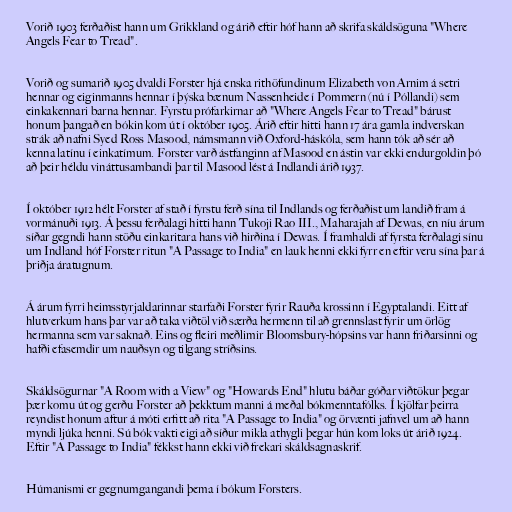
Vorið 1903 ferðaðist hann um Grikkland og árið eftir hóf hann að skrifa skáldsöguna "Where
Angels Fear to Tread".

Vorið og sumarið 1905 dvaldi Forster hjá enska rithöfundinum Elizabeth von Arnim á setri
hennar og eiginmanns hennar í þýska bænum Nassenheide í Pommern (nú í Póllandi) sem
einkakennari barna hennar. Fyrstu prófarkirnar að "Where Angels Fear to Tread" bárust
honum þangað en bókin kom út í október 1905. Árið eftir hitti hann 17 ára gamla indverskan
strák að nafni Syed Ross Masood, námsmann við Oxford-háskóla, sem hann tók að sér að
kenna latínu í einkatímum. Forster varð ástfanginn af Masood en ástin var ekki endurgoldin þó
að þeir héldu vináttusambandi þar til Masood lést á Indlandi árið 1937.

Í október 1912 hélt Forster af stað í fyrstu ferð sína til Indlands og ferðaðist um landið fram á
vormánuði 1913. Á þessu ferðalagi hitti hann Tukoji Rao III., Maharajah af Dewas, en níu árum
síðar gegndi hann stöðu einkaritara hans við hirðina í Dewas. Í framhaldi af fyrsta ferðalagi sínu
um Indland hóf Forster ritun "A Passage to India" en lauk henni ekki fyrr en eftir veru sína þar á
þriðja áratugnum.

Á árum fyrri heimsstyrjaldarinnar starfaði Forster fyrir Rauða krossinn í Egyptalandi. Eitt af
hlutverkum hans þar var að taka viðtöl við særða hermenn til að grennslast fyrir um örlög
hermanna sem var saknað. Eins og fleiri meðlimir Bloomsbury-hópsins var hann friðarsinni og
hafði efasemdir um nauðsyn og tilgang stríðsins.

Skáldsögurnar "A Room with a View" og "Howards End" hlutu báðar góðar viðtökur þegar
þær komu út og gerðu Forster að þekktum manni á meðal bókmenntafólks. Í kjölfar þeirra
reyndist honum aftur á móti erfitt að rita "A Passage to India" og örvænti jafnvel um að hann
myndi ljúka henni. Sú bók vakti eigi að síður mikla athygli þegar hún kom loks út árið 1924.
Eftir "A Passage to India" fékkst hann ekki við frekari skáldsagnaskrif.

Húmanismi er gegnumgangandi þema í bókum Forsters.